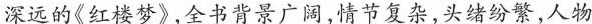
深远的《红楼梦》，全书背景广阔，情节复杂，头绪纷繁，人物